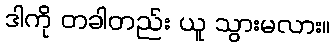
ဒါကို တခါတည်း ယူ သွားမလား။